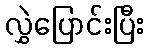
လွှဲပြောင်းပြီး